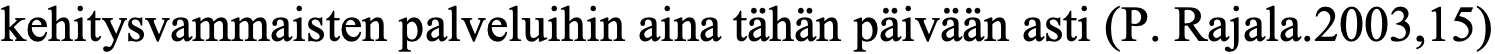
kehitysvammaisten palveluihin aina tähän päivään asti (P. Rajala.2003,15)